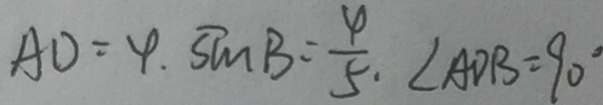
A D = 4 . \sin B = \frac { 4 } { 5 } \angle A D B = 9 0 ^ { \circ }